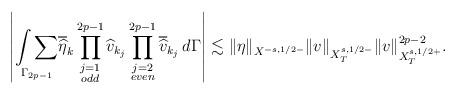
LaTeX: \begin{align*}\left|\underset{\Gamma_{2p-1}}{\int\sum}\overline{\widehat{\eta}}_k\prod_{\substack{j=1\\odd}}^{2p-1}\widehat{v}_{k_j}\prod_{\substack{j=2\\even}}^{2p-1}\overline{\widehat{v}}_{k_j}\,d\Gamma\right|\lesssim \|\eta\|_{X^{-s,1/2-}}\|v\|_{X^{s,1/2-}_T}\|v\|^{2p-2}_{X^{s,1/2+}_T}.\end{align*}